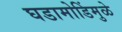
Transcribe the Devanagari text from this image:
घडामोडिंमुळे